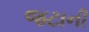
જટાની